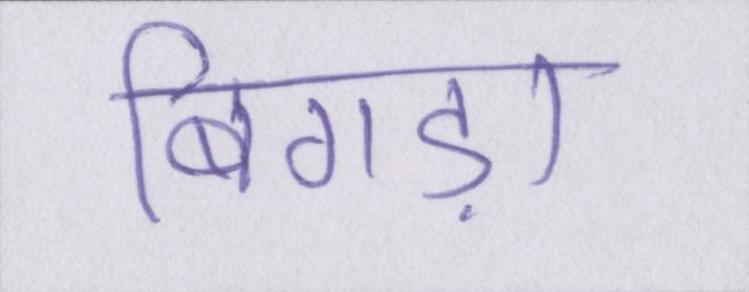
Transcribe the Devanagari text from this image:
बिगड़ा